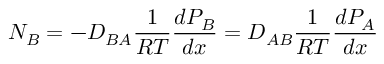
N _ { B } = - D _ { B A } { \frac { 1 } { R T } } { \frac { d P _ { B } } { d x } } = D _ { A B } { \frac { 1 } { R T } } { \frac { d P _ { A } } { d x } }